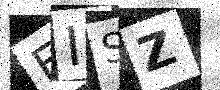
Text: EISZ